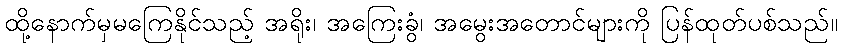
ထို့နောက်မှမကြေနိုင်သည့် အရိုး၊ အကြေးခွံ၊ အမွေးအတောင်များကို ပြန်ထုတ်ပစ်သည်။